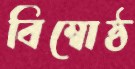
বিম্বোষ্ঠ